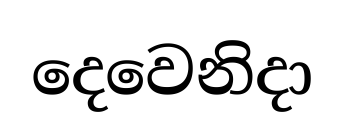
දෙවෙනිදා